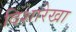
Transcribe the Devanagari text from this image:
दिशारेखा